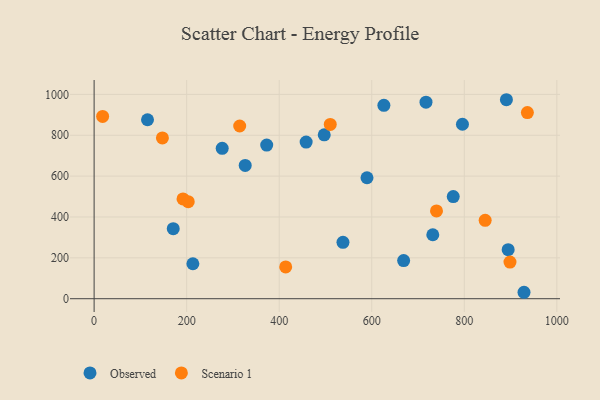
{"axis": {"x": "Engine Size", "y": "Yield"}, "legend": ["Observed", "Scenario 1"], "data": [{"x": "458.2", "y": 766.8, "type": "Observed"}, {"x": "668.9", "y": 186.7, "type": "Observed"}, {"x": "894.8", "y": 240.1, "type": "Observed"}, {"x": "276.8", "y": 735.9, "type": "Observed"}, {"x": "717.2", "y": 961.8, "type": "Observed"}, {"x": "776.1", "y": 499.7, "type": "Observed"}, {"x": "115.4", "y": 875.9, "type": "Observed"}, {"x": "731.9", "y": 313.0, "type": "Observed"}, {"x": "213.4", "y": 171.2, "type": "Observed"}, {"x": "796.0", "y": 853.9, "type": "Observed"}, {"x": "891.0", "y": 974.0, "type": "Observed"}, {"x": "373.0", "y": 752.2, "type": "Observed"}, {"x": "537.8", "y": 276.1, "type": "Observed"}, {"x": "326.5", "y": 652.4, "type": "Observed"}, {"x": "929.0", "y": 31.5, "type": "Observed"}, {"x": "171.0", "y": 342.7, "type": "Observed"}, {"x": "497.3", "y": 802.1, "type": "Observed"}, {"x": "589.7", "y": 592.0, "type": "Observed"}, {"x": "626.2", "y": 946.6, "type": "Observed"}, {"x": "18.4", "y": 892.3, "type": "Scenario 1"}, {"x": "314.6", "y": 845.4, "type": "Scenario 1"}, {"x": "192.1", "y": 488.6, "type": "Scenario 1"}, {"x": "845.1", "y": 383.8, "type": "Scenario 1"}, {"x": "739.9", "y": 429.8, "type": "Scenario 1"}, {"x": "898.7", "y": 179.4, "type": "Scenario 1"}, {"x": "936.3", "y": 911.1, "type": "Scenario 1"}, {"x": "203.4", "y": 475.0, "type": "Scenario 1"}, {"x": "510.3", "y": 852.9, "type": "Scenario 1"}, {"x": "414.0", "y": 155.6, "type": "Scenario 1"}, {"x": "147.6", "y": 787.1, "type": "Scenario 1"}]}